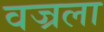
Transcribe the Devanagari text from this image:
वज्रला